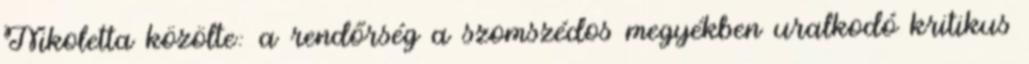
Nikoletta közölte: a rendőrség a szomszédos megyékben uralkodó kritikus